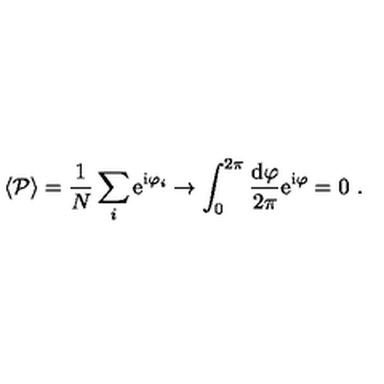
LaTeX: \langle { \cal P } \rangle = \frac { 1 } { N } \sum _ { i } \mathrm { e } ^ { \mathrm { i } \varphi _ { i } } \to \int _ { 0 } ^ { 2 \pi } \frac { \mathrm { d } \varphi } { 2 \pi } \mathrm { e } ^ { \mathrm { i } \varphi } = 0 \ .